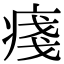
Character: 𤷃